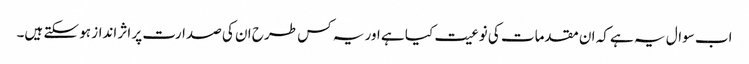
اب سوال یہ ہے کہ ان مقدمات کی نوعیت کیا ہے اور یہ کس طرح ان کی صدارت پر اثر انداز ہو سکتے ہیں۔